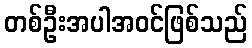
တစ်ဦးအပါအဝင်ဖြစ်သည်